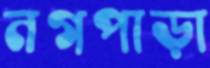
নগপাড়া